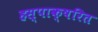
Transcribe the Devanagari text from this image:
हस्पाक्षरित